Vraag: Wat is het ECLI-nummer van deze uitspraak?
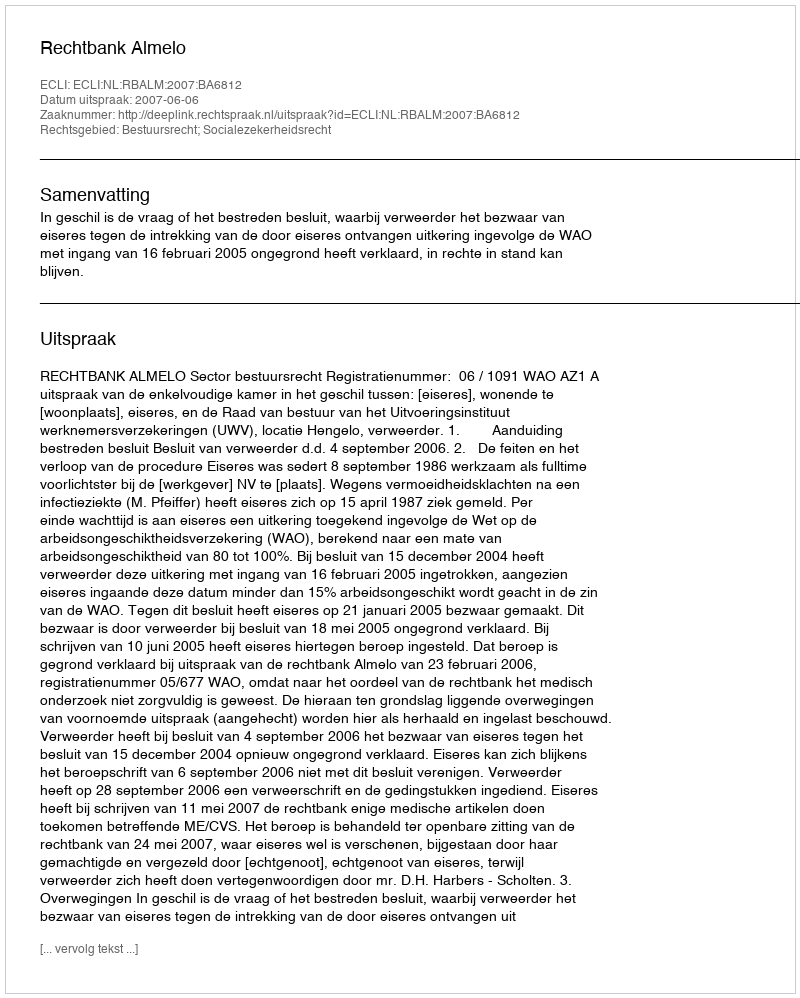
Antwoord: ECLI:NL:RBALM:2007:BA6812